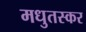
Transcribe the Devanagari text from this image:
मधुतस्कर